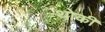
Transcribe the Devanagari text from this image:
थोकी